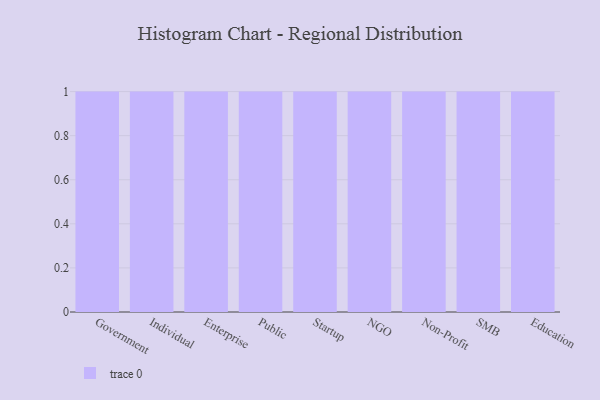
{"axis": {"x": "Segment", "y": "Website Visitors"}, "legend": [""], "data": [{"x": "Government", "y": 6, "type": ""}, {"x": "Individual", "y": 74, "type": ""}, {"x": "Enterprise", "y": 76, "type": ""}, {"x": "Public", "y": 55, "type": ""}, {"x": "Startup", "y": 48, "type": ""}, {"x": "NGO", "y": 49, "type": ""}, {"x": "Non-Profit", "y": 93, "type": ""}, {"x": "SMB", "y": 62, "type": ""}, {"x": "Education", "y": 61, "type": ""}]}